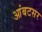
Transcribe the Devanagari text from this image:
आंबटसर